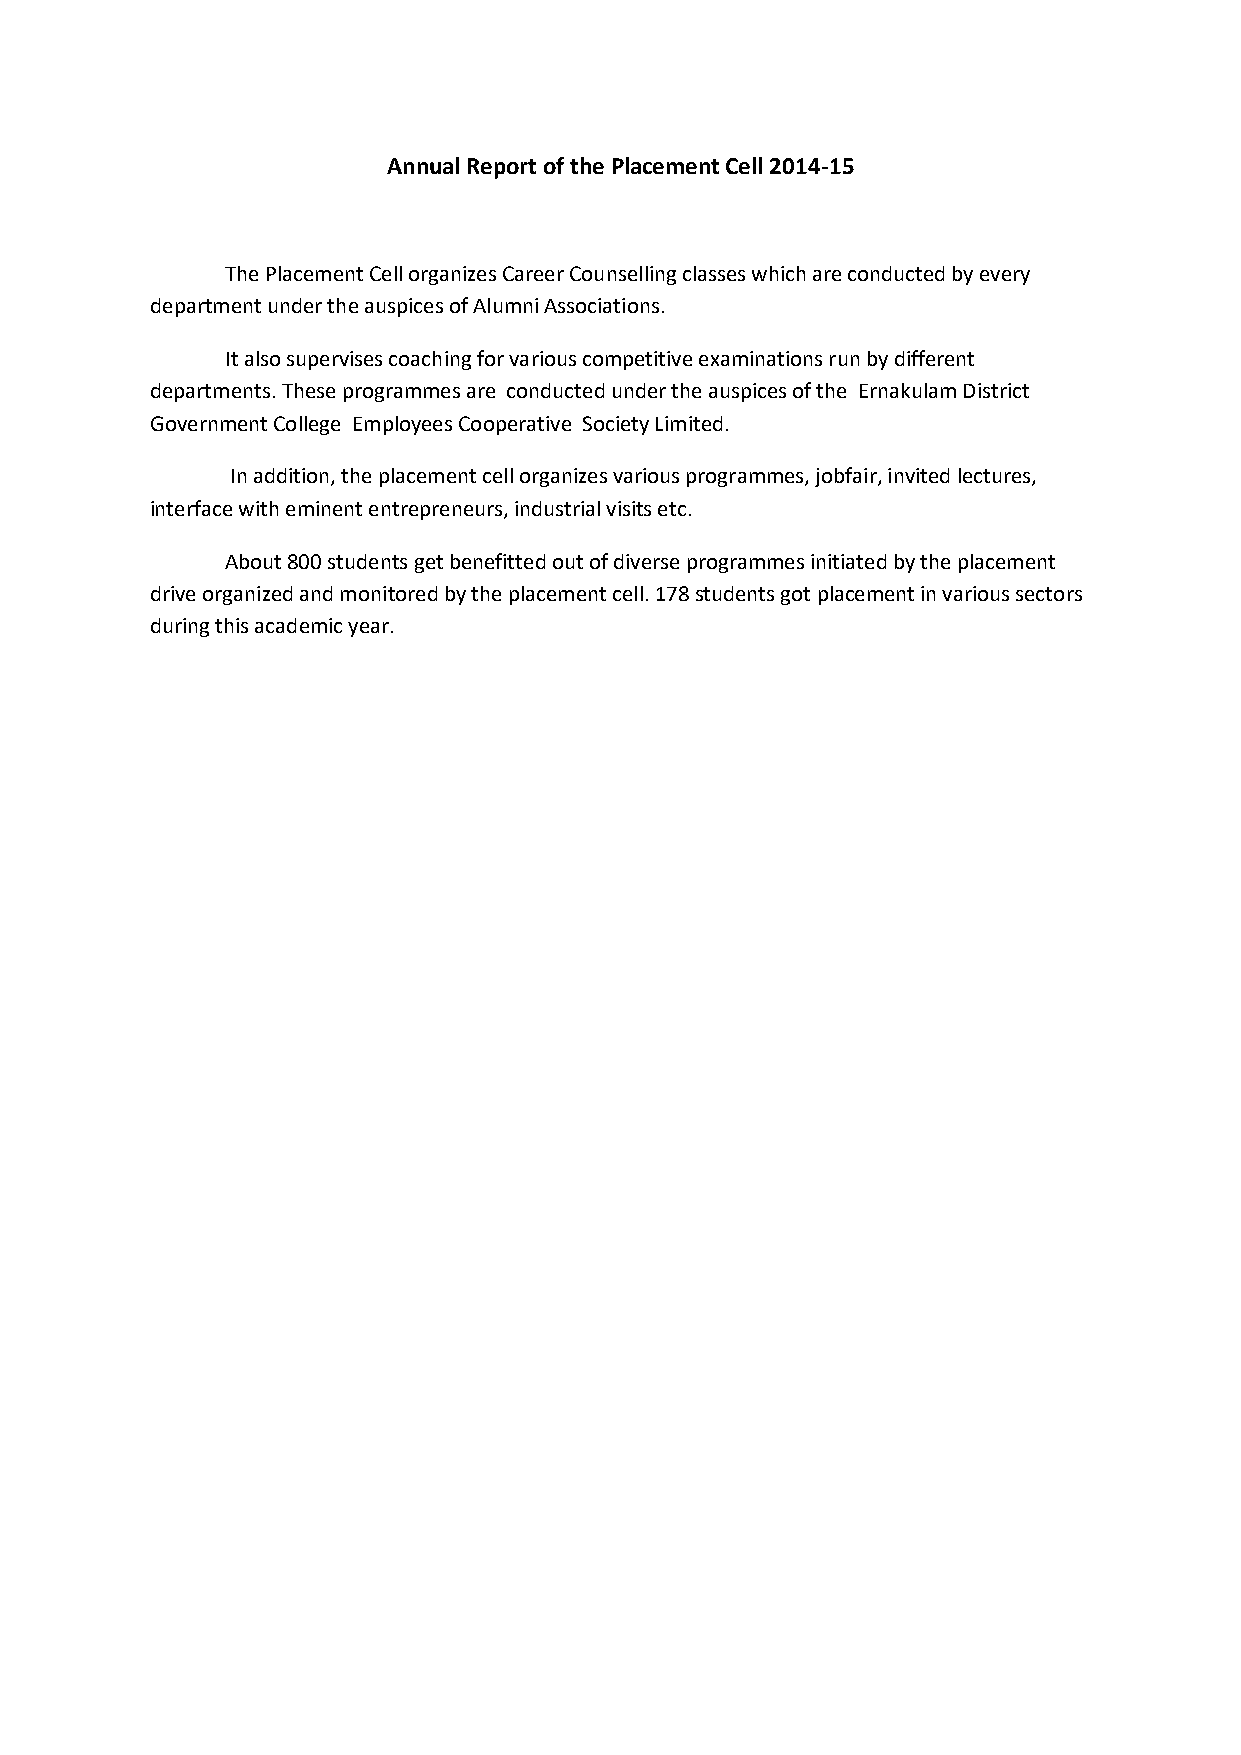
Annual Report of the Placement Cell 2014-15
 The Placement Cell organizes Career Counselling classes which are conducted by every
 department under the auspices of Alumni Associations.
 It also supervises coaching for various competitive examinations run by different
 departments. These programmes are conducted under the auspices of the Ernakulam District
 Government College Employees Cooperative Society Limited.
 In addition, the placement cell organizes various programmes, jobfair, invited lectures,
 interface with eminent entrepreneurs, industrial visits etc.
 About 800 students get benefitted out of diverse programmes initiated by the placement
 drive organized and monitored by the placement cell. 178 students got placement in various sectors
 during this academic year.